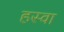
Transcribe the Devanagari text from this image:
हस्वा